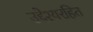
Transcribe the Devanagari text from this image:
उद्देश्यरहित